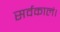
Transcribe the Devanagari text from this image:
सर्वकालं।